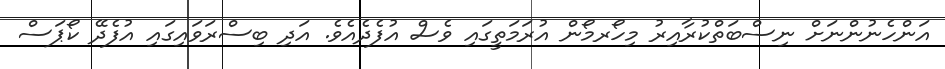
އަންހެނުންނަށް ނިސްބަތްކުރާއިރު މިހޯރމޯން އުރަމަތީގައި ވެސް އުފެދެއެވެ. އަދި ބިސްރަވައިގައި އުފެދޭ ކޯޕަސް